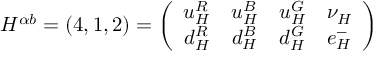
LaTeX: { H } ^ { \alpha b } = ( 4 , 1 , 2 ) = \left( \begin{array} { c c c c } { { u _ { H } ^ { R } } } & { { u _ { H } ^ { B } } } & { { u _ { H } ^ { G } } } & { { \nu _ { H } } } \\ { { d _ { H } ^ { R } } } & { { d _ { H } ^ { B } } } & { { d _ { H } ^ { G } } } & { { e _ { H } ^ { - } } } \end{array} \right)